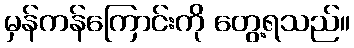
မှန်ကန်ကြောင်းကို တွေ့ရသည်။